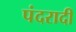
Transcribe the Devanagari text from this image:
पंदरादी